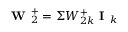
\textbf { W } _ { 2 } ^ { + } = \Sigma W _ { 2 k } ^ { + } \textbf { I } _ { k }